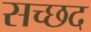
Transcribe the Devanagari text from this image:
सच्छद